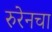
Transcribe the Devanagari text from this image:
रुरेनचा